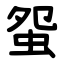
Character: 䖤